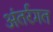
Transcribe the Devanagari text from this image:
अंतर्रगत